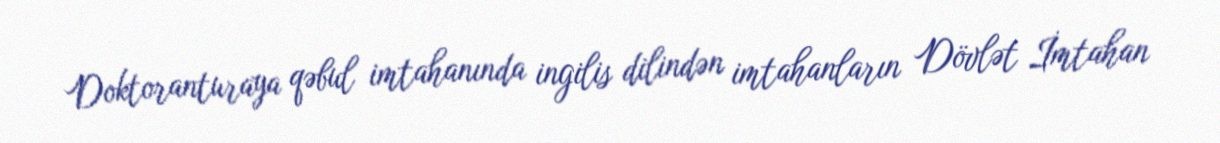
Doktoranturaya qəbul imtahanında ingilis dilindən imtahanların Dövlət İmtahan